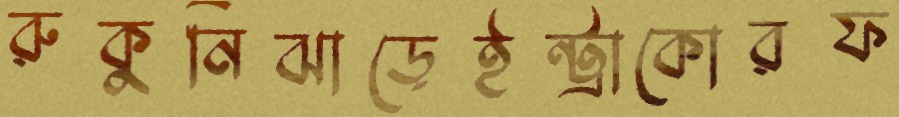
রুকুনিঝাড়েইন্ট্রাকোরফ